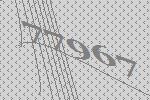
77967